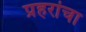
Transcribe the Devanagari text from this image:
प्रहरांचा